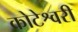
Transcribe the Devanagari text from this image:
कोटेश्वरी